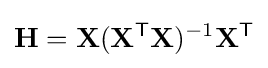
\mathbf {H} =\mathbf {X} (\mathbf {X} ^{\mathsf {T}}\mathbf {X} )^{-1}\mathbf {X} ^{\mathsf {T}}